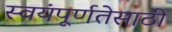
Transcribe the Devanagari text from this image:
स्वयंपूर्णतेसाठी